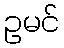
ဥမင်